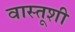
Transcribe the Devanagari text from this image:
वास्तूशी